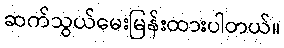
ဆက်သွယ်မေးမြန်းထားပါတယ်။